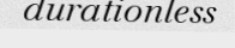
durationless